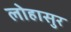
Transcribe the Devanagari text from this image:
लोहासुर